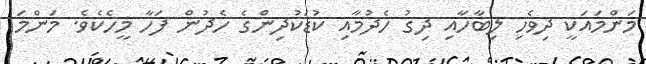
މަންމައަކީ ދިވެހި ލިބާހާއި ދިގު ހެދުމާއި ކުޑަކުދިންގެ ހެދުން ފަހާ މީހެކެވެ. މަންމަ